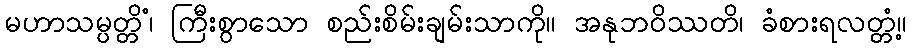
မဟာသမ္ပတ္တိံ၊ ကြီးစွာသော စည်းစိမ်းချမ်းသာကို။ အနုဘဝိဿတိ၊ ခံစားရလတ္တံ့။